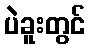
ပဲခူးတွင်